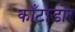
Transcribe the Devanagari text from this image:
काँटाडोर